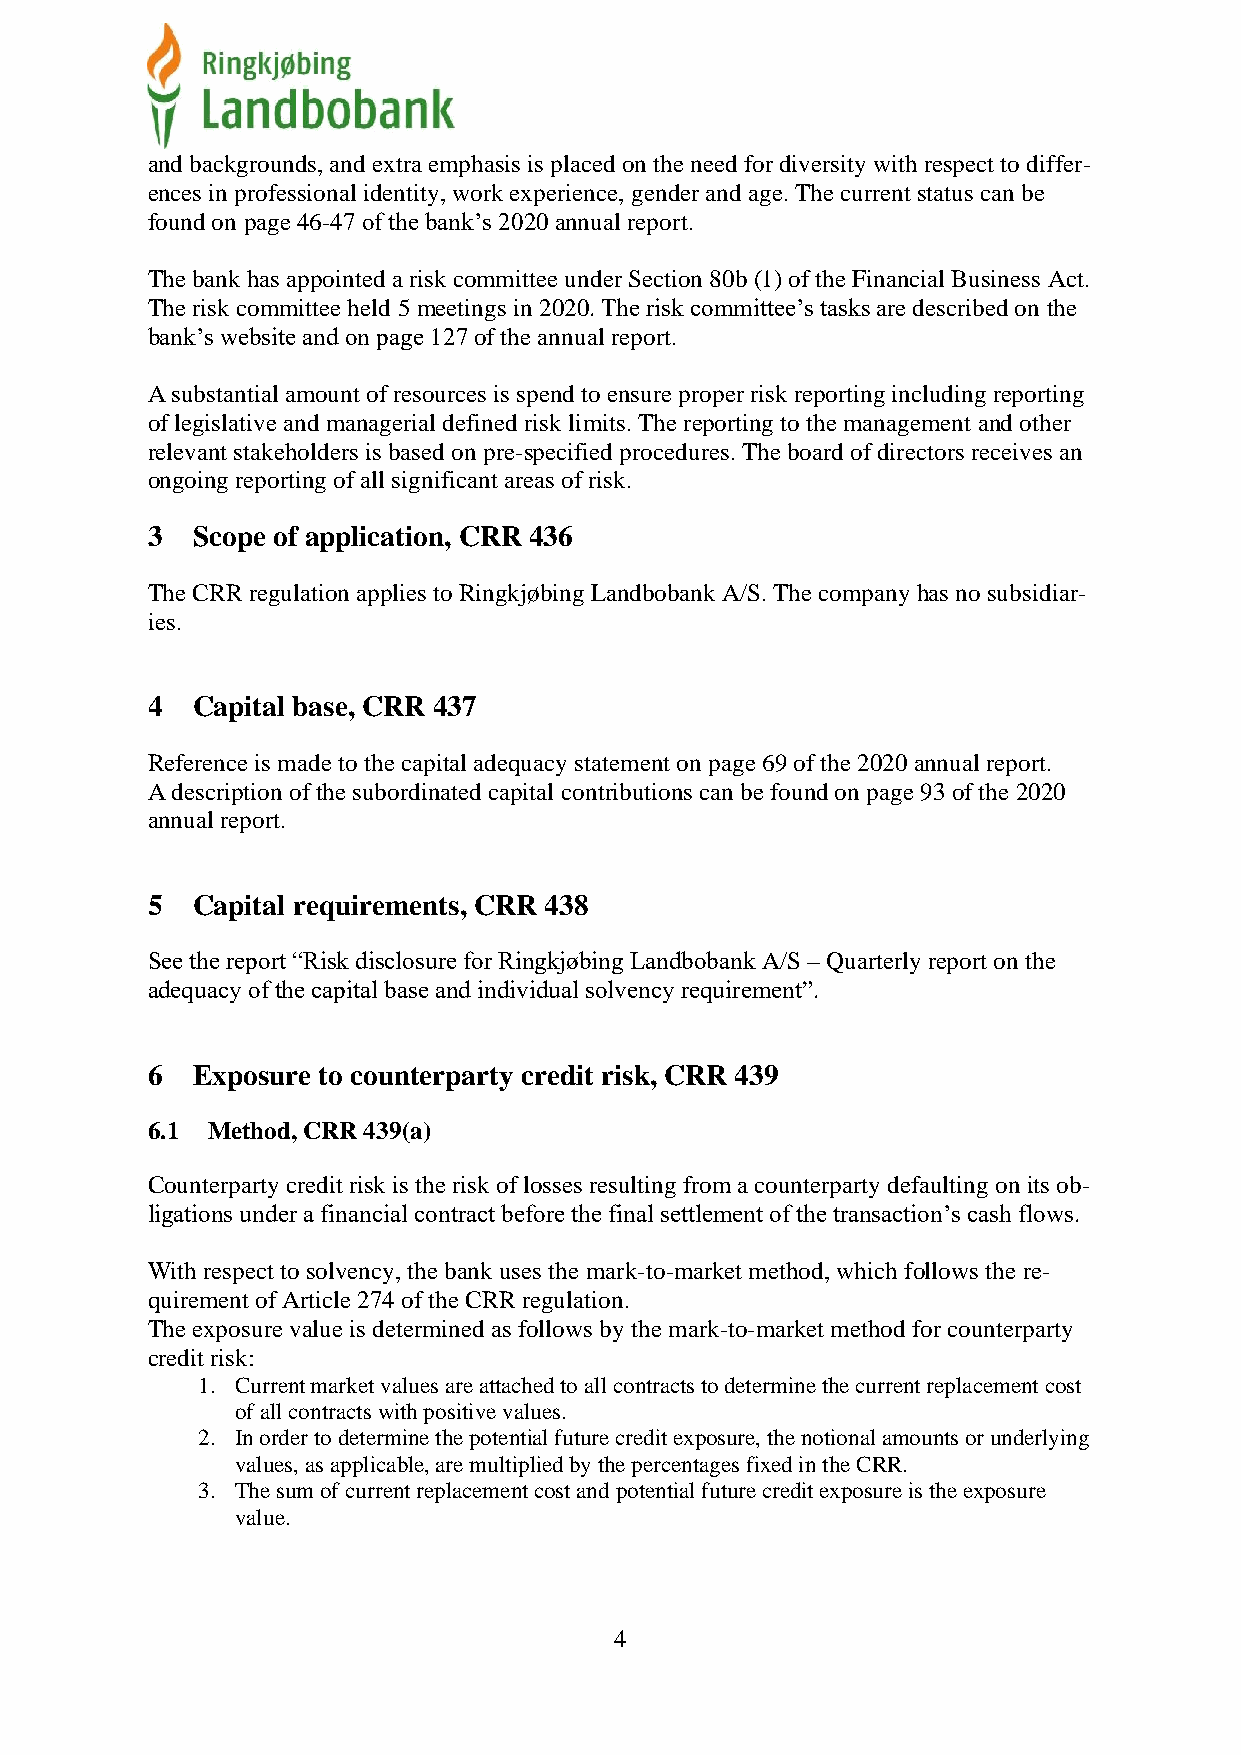
and backgrounds, and extra emphasis is placed on the need for diversity with respect to differ-
 ences in professional identity, work experience, gender and age. The current status can be
 found on page 46-47 of the bank’s 2020 annual report.
 The bank has appointed a risk committee under Section 80b (1) of the Financial Business Act.
 The risk committee held 5 meetings in 2020. The risk committee’s tasks are described on the
 bank’s website and on page 127 of the annual report.
 A substantial amount of resources is spend to ensure proper risk reporting including reporting
 of legislative and managerial defined risk limits. The reporting to the management and other
 relevant stakeholders is based on pre-specified procedures. The board of directors receives an
 ongoing reporting of all significant areas of risk.
 3  Scope of application, CRR 436
 The CRR regulation applies to Ringkjøbing Landbobank A/S. The company has no subsidiar-
 ies.
 4  Capital base, CRR 437
 Reference is made to the capital adequacy statement on page 69 of the 2020 annual report.
 A description of the subordinated capital contributions can be found on page 93 of the 2020
 annual report.
 5  Capital requirements, CRR 438
 See the report “Risk disclosure for Ringkjøbing Landbobank A/S – Quarterly report on the
 adequacy of the capital base and individual solvency requirement”.
 6  Exposure to counterparty credit risk, CRR 439
 6.1 Method, CRR 439(a)
 Counterparty credit risk is the risk of losses resulting from a counterparty defaulting on its ob-
 ligations under a financial contract before the final settlement of the transaction’s cash flows.
 With respect to solvency, the bank uses the mark-to-market method, which follows the re-
 quirement of Article 274 of the CRR regulation.
 The exposure value is determined as follows by the mark-to-market method for counterparty
 credit risk:
 1. Current market values are attached to all contracts to determine the current replacement cost
 of all contracts with positive values.
 2. In order to determine the potential future credit exposure, the notional amounts or underlying
 values, as applicable, are multiplied by the percentages fixed in the CRR.
 3. The sum of current replacement cost and potential future credit exposure is the exposure
 value.
 4